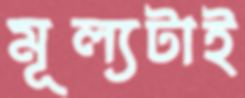
মূল্যটাই